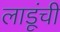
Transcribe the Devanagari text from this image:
लाडूंची